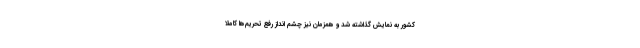
کشور به نمایش گذاشته شد و همزمان نیز چشم انداز رفع تحریم‌ها کاملا